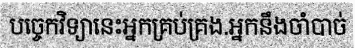
បច្ចេកវិទ្យានេះអ្នកគ្រប់គ្រង.អ្នកនឹងចាំបាច់